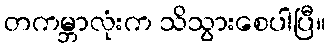
တကမ္ဘာလုံးက သိသွားစေပါပြီ။